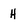
Character: H